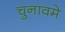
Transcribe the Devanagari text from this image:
चुनावमे